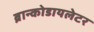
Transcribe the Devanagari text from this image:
ब्रान्कोडायलेटर